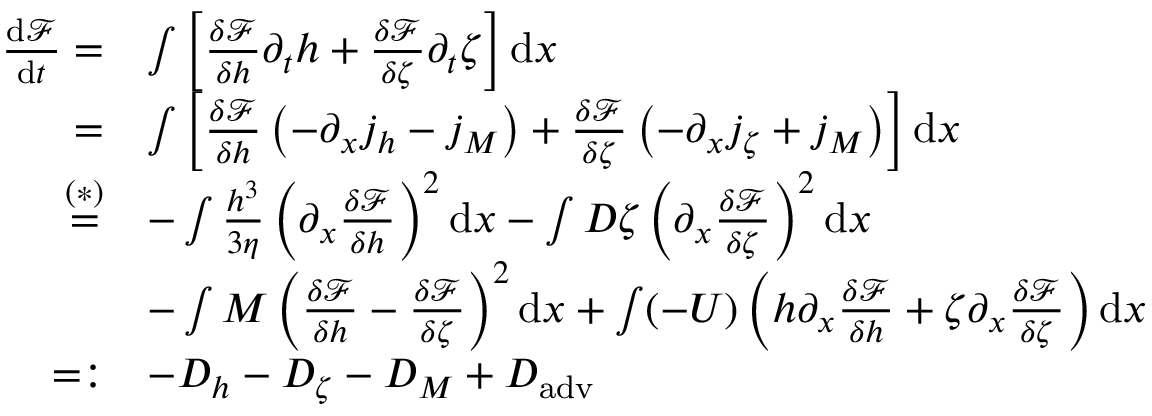
\begin{array} { r l } { \frac { \mathrm { d } \mathcal { F } } { \mathrm { d } t } = } & { \int \left[ \frac { \delta \mathcal { F } } { \delta h } \partial _ { t } h + \frac { \delta \mathcal { F } } { \delta \zeta } \partial _ { t } \zeta \right] \mathrm { d } x } \\ { = } & { \int \left[ \frac { \delta \mathcal { F } } { \delta h } \left( - \partial _ { x } j _ { h } - j _ { M } \right) + \frac { \delta \mathcal { F } } { \delta \zeta } \left( - \partial _ { x } j _ { \zeta } + j _ { M } \right) \right] \mathrm { d } x } \\ { \overset { ( * ) } { = } } & { - \int \frac { h ^ { 3 } } { 3 \eta } \left( \partial _ { x } \frac { \delta \mathcal { F } } { \delta h } \right) ^ { 2 } \mathrm { d } x - \int D \zeta \left( \partial _ { x } \frac { \delta \mathcal { F } } { \delta \zeta } \right) ^ { 2 } \mathrm { d } x } \\ & { - \int M \left( \frac { \delta \mathcal { F } } { \delta h } - \frac { \delta \mathcal { F } } { \delta \zeta } \right) ^ { 2 } \mathrm { d } x + \int ( - U ) \left( h \partial _ { x } \frac { \delta \mathcal { F } } { \delta h } + \zeta \partial _ { x } \frac { \delta \mathcal { F } } { \delta \zeta } \right) \mathrm { d } x } \\ { = : } & { - D _ { h } - D _ { \zeta } - D _ { M } + D _ { \mathrm { a d v } } \, } \end{array}